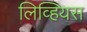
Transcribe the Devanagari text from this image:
लिव्हियस